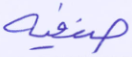
صنفية